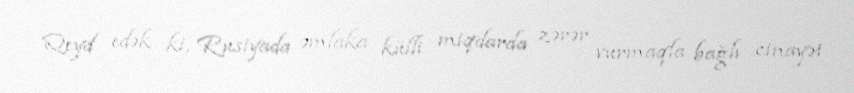
Qeyd edək ki, Rusiyada əmlaka külli miqdarda zərər vurmaqla bağlı cinayət